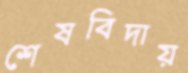
শেষবিদায়